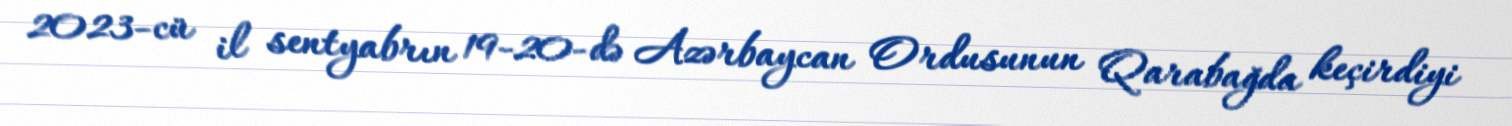
2023-cü il sentyabrın 19-20-də Azərbaycan Ordusunun Qarabağda keçirdiyi